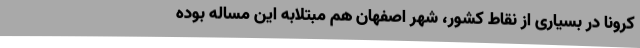
کرونا در بسیاری از نقاط کشور، شهر اصفهان هم مبتلابه این مساله بوده